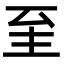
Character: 𦤳